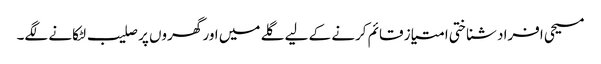
مسیحی افراد شناختی امتیاز قائم کرنے کے لیے گلے میں اور گھروں پر صلیب لٹکانے لگے۔